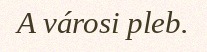
A városi pleb.